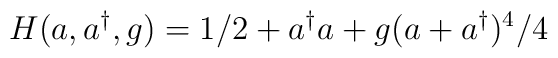
H(a,a^{\dag },g)=1/2+a^{\dag }a+g(a+a^{\dag })^{4}/4